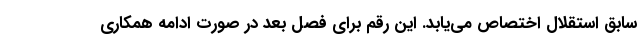
سابق استقلال اختصاص می‌یابد. این رقم برای فصل بعد در صورت ادامه همکاری